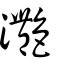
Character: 灧